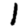
Digit: 1